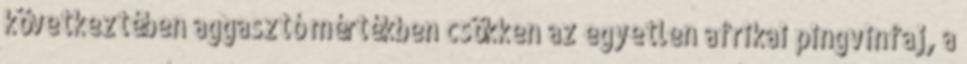
következtében aggasztó mértékben csökken az egyetlen afrikai pingvinfaj, a